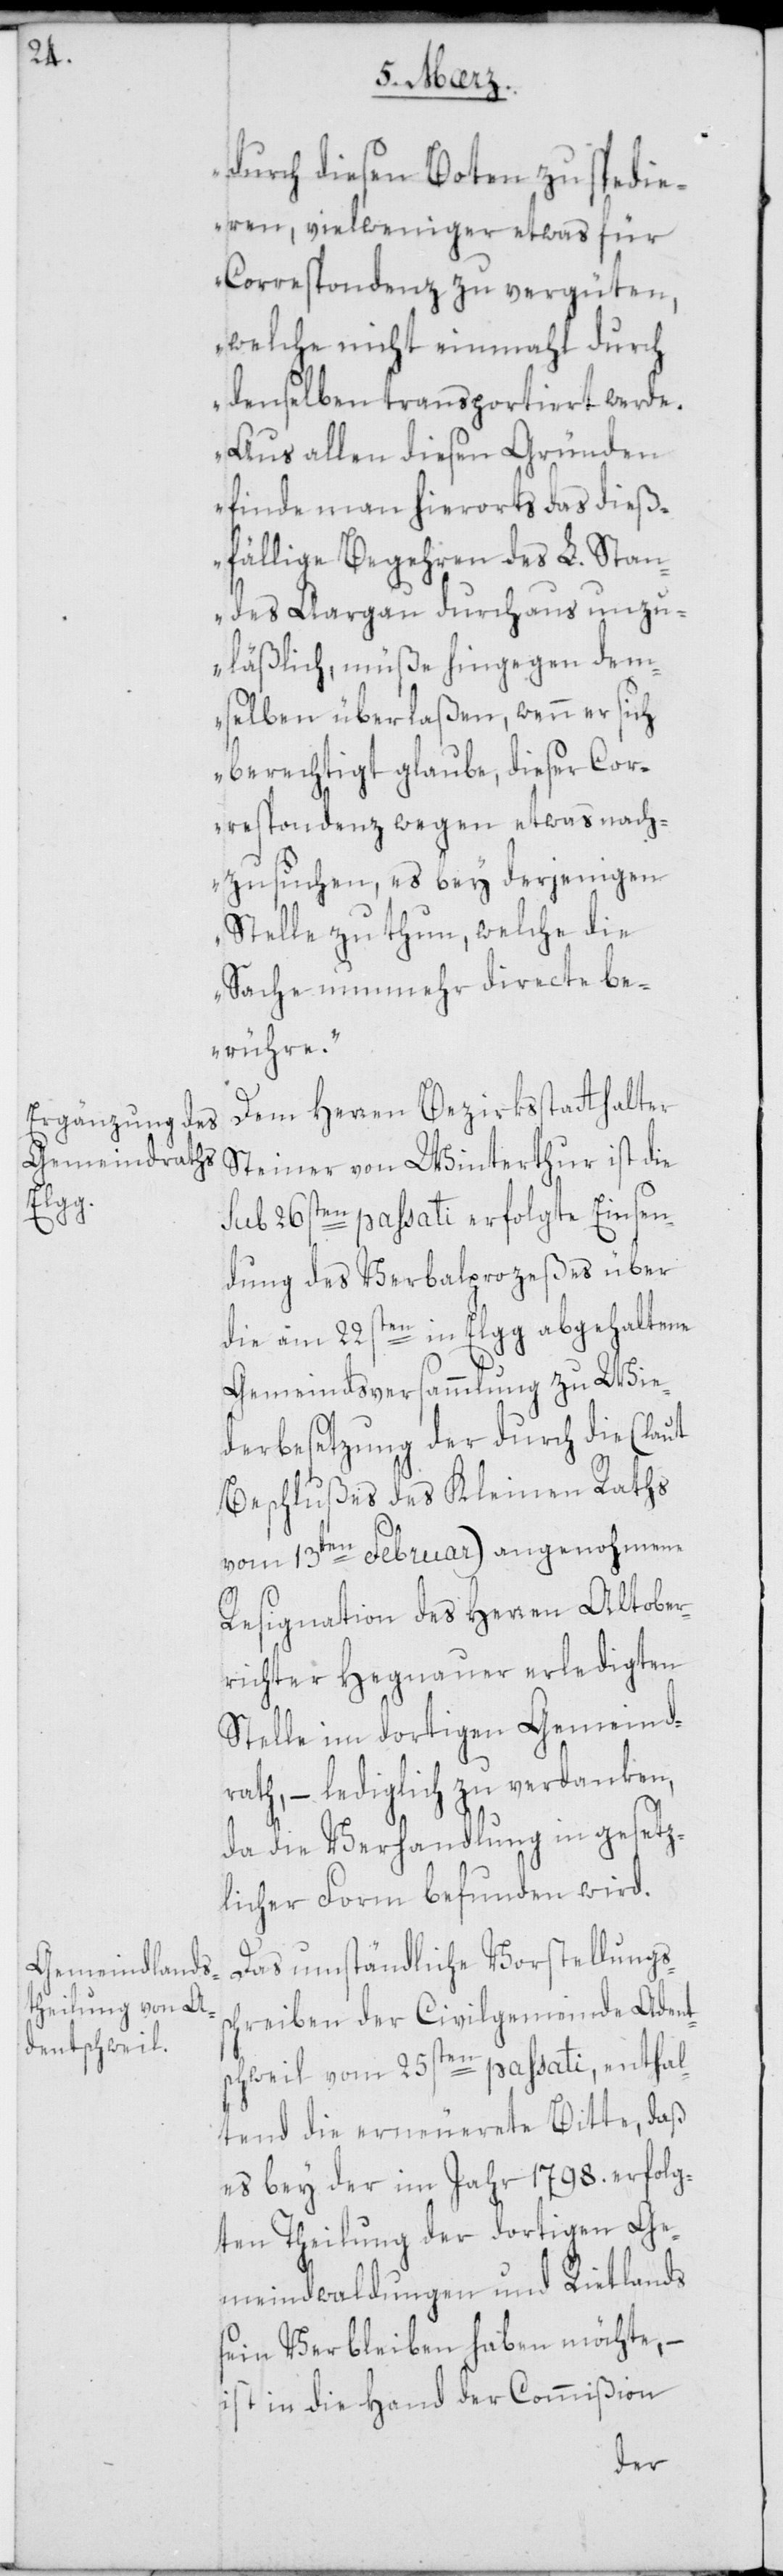
durch diesen Boten zu spedie¬
ren, vielweniger etwas für
Correspondenz zu vergüten,
welche nicht einmahl durch
denselben transportiert werde.
Aus allen diesen Gründen
finde man hierorts das dieß¬
fällige Begehren des L. Stan¬
des Aargau durchaus unzu¬
läßlich, müße hingegen dem¬
selben überlaßen, wenn er sich
berechtigt glaube, dieser Cor¬
respondenz wegen etwas nach¬
zusuchen, es bey derjenigen
Stelle zu thun, welche die
Sache nunmehr directe be¬
rühre.“
Dem Herren Bezirksstatthalter
Steiner von Winterthur ist die
sub 26sten passati erfolgte Einsen¬
dung des Verbalprozeßes über
die am 22sten in Elgg abgehaltene
Gemeindsversammlung zu Wie¬
derbesetzung der durch die (laut
Beschlußes des Kleinen Raths
vom 13ten Februar) angenohmene
Resignation des Herren Altober¬
richter Hegnauer erledigten
Stelle im dortigen Gemeind¬
rath, – lediglich zu verdanken,
da die Verhandlung in gesetz¬
licher Form befunden wird.
Das umständliche Vorstellungss¬
chreiben der Civilgemeinde Adent¬
schweil vom 25sten passati, enthal¬
tend die erneuerete Bitte, daß
es bey der im Jahr 1798. erfolg¬
ten Theilung der dortigen Ge¬
meindwaldungen und Rietlands
sein Verbleiben haben möchte, –
ist in die Hand der Commißion